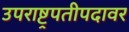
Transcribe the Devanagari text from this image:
उपराष्ट्रपतीपदावर